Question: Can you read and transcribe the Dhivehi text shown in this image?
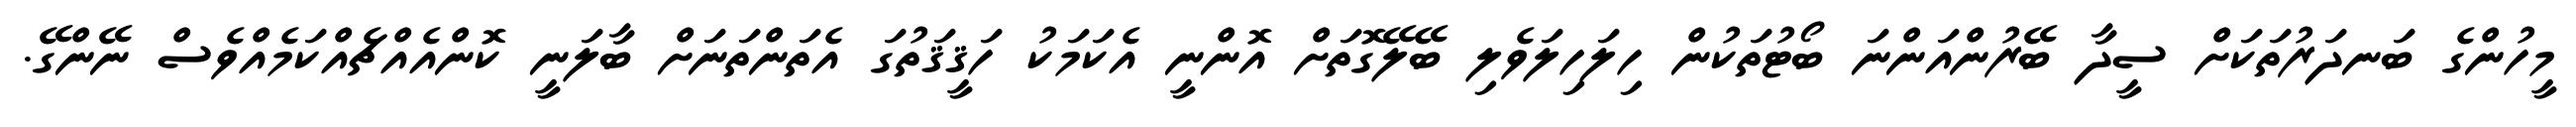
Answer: މީހުންގެ ބަނދަރުތަކަށް ސީދާ ބޭރުންއަންނަ ބޯޓުތަކުން ހިލަހިލަވެލި ބޭލޭގޮތަށް އޮންނީ އެކަމަކު ހަޤީޤަތުގަ އެތަންތަނަށް ބާލަނީ ކޮންއެއްޗެއްކަމެއްވެސް ނޭންގޭ.